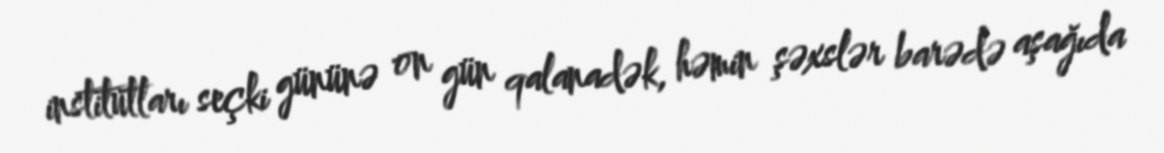
institutları seçki gününə on gün qalanadək, həmin şəxslər barədə aşağıda